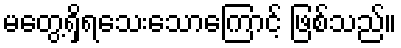
မတွေ့ရှိရသေးသောကြောင့် ဖြစ်သည်။